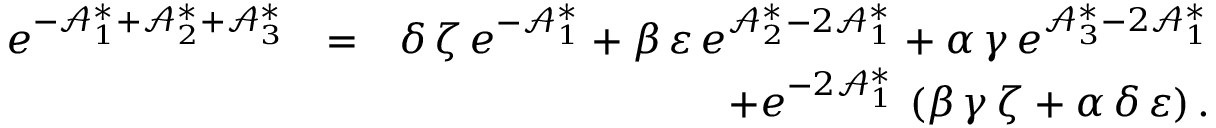
\begin{array} { r l r } { e ^ { - \mathcal { A } _ { 1 } ^ { \ast } + \mathcal { A } _ { 2 } ^ { \ast } + \mathcal { A } _ { 3 } ^ { \ast } } } & { = } & { \delta \, \zeta \, e ^ { - \mathcal { A } _ { 1 } ^ { \ast } } + \beta \, \varepsilon \, e ^ { \mathcal { A } _ { 2 } ^ { \ast } - 2 \mathcal { A } _ { 1 } ^ { \ast } } + \alpha \, \gamma \, e ^ { \mathcal { A } _ { 3 } ^ { \ast } - 2 \mathcal { A } _ { 1 } ^ { \ast } } } \\ & { } & { + e ^ { - 2 \mathcal { A } _ { 1 } ^ { \ast } } \, \left( \beta \, \gamma \, \zeta + \alpha \, \delta \, \varepsilon \right) . } \end{array}